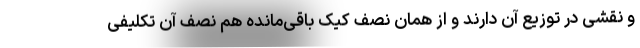
و نقشی در توزیع آن دارند و از همان نصف کیک باقی‌مانده هم نصف آن تکلیفی